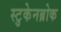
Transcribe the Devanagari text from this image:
स्टुकेनब्रोक